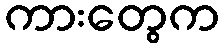
ကားတွေက